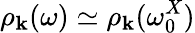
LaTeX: \rho_{{\mathbf k}}(\omega)\simeq\rho_{{\mathbf k}}(\omega_{0}^{X})